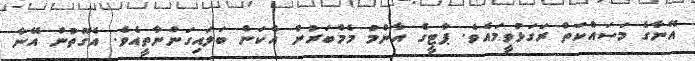
އޭނާގެ މަސައްކަތް ރަގަޅުވީމައެވެ. ޕާޓީގެ އާންމު މެމްބަރުން އެކަން ބަލައިގަންނާތީއެވެ. އެގޮތުން އޭނާ